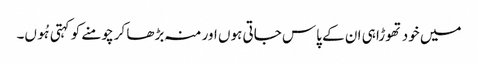
میں خود تھوڑا ہی ان کے پاس جاتی ہوں اور منہ بڑھا کر چومنے کو کہتی ہُوں۔